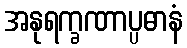
အနုရက္ခဏာပ္ပဓာနံ